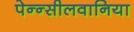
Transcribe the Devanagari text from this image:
पेन्न्सीलवानिया